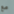
مع